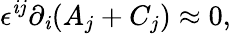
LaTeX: \epsilon^{\mathit{i}j}\partial_{\mathit{i}}(A_{j}+C_{j})\approx0,